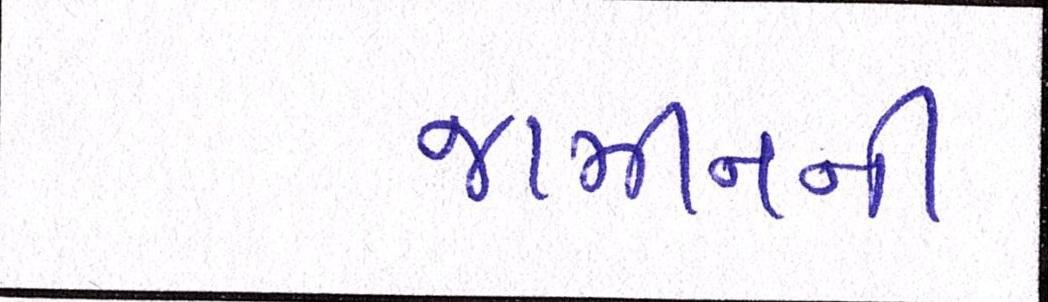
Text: જામીનની